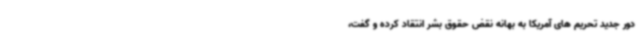
دور جدید تحریم های آمریکا به بهانه نقض حقوق بشر انتقاد کرده و گفت،